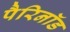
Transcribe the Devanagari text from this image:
पैरिनॉड